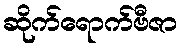
ဆိုက်ရောက်ဗီဇာ